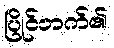
ပြိုင်ဘက်၏